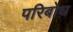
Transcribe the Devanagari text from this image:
परिबोध